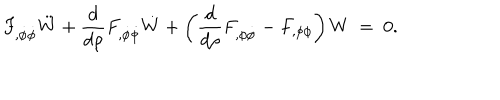
F _ { , \dot { \phi } \dot { \phi } } \ddot { W } + { \frac { d } { d \rho } } F _ { , \dot { \phi } \dot { \phi } } \dot { W } + \left( { \frac { d } { d \rho } } F _ { , \phi \dot { \phi } } - F _ { , \phi \phi } \right) W ~ = ~ 0 .